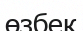
өзбек